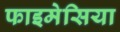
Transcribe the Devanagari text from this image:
फाइमेसिया